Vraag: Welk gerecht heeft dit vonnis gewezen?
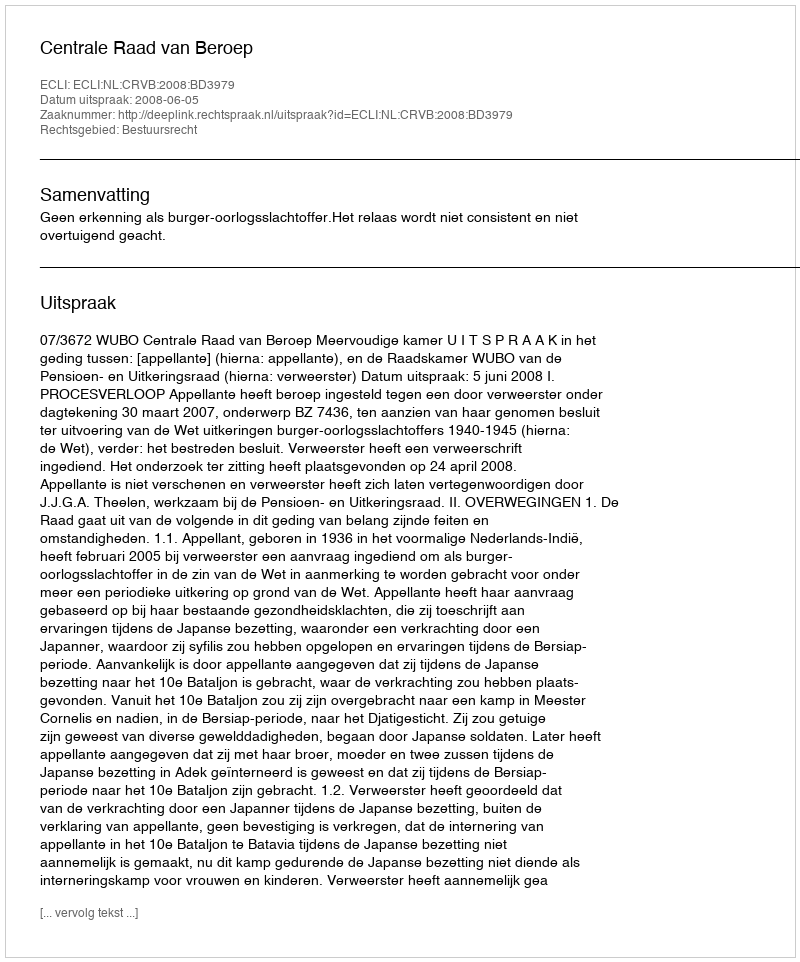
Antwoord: Centrale Raad van Beroep